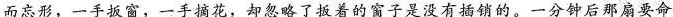
而忘形，一手扳窗，一手摘花，却忽略了扳着的窗子是没有插销的。一分钟后那扇要命